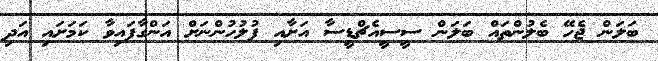
ބަލަން ޖެހޭ ބެލުންތައް ބަލަން ސީސީއެޗްޑީސާ އަށާއި ފުލުހުންނަށް އަންގާފައިވާ ކަމަށައި އަދި